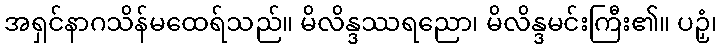
အရှင်နာဂသိန်မထေရ်သည်။ မိလိန္ဒဿရညော၊ မိလိန္ဒမင်းကြီး၏။ ပဉှံ၊